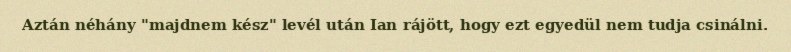
Aztán néhány "majdnem kész" levél után Ian rájött, hogy ezt egyedül nem tudja csinálni.